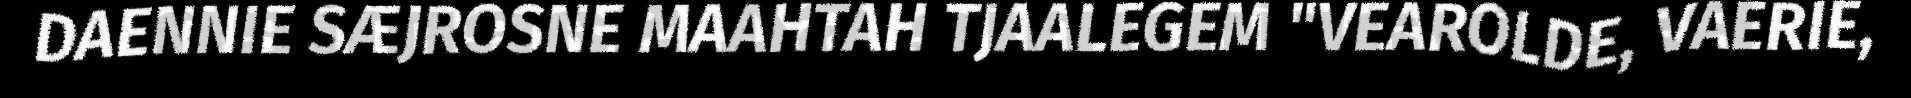
DAENNIE SÆJROSNE MAAHTAH TJAALEGEM "VEAROLDE, VAERIE,